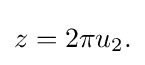
{\textstyle z=2\pi u_{2}.}